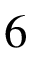
6